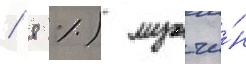
/ 8 %) мужчи́н